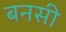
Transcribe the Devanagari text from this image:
बनसी